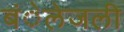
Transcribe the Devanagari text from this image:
बंेलेजली